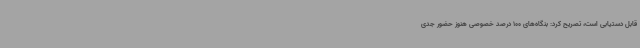
قابل دستیابی است، تصریح کرد: بنگاه‌های 100 درصد خصوصی هنوز حضور جدی